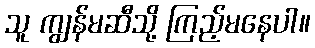
သူ ကျွန်မဆီသို့ ကြည့်မနေပါ။